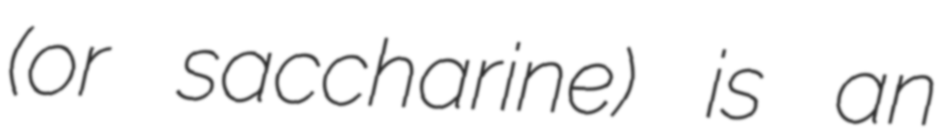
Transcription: (or saccharine) is an